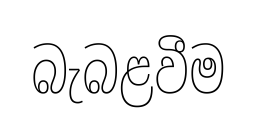
බැබළවීම